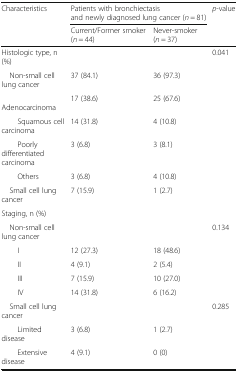
<table><thead><tr><td rowspan="2"><b>Characteristics</b></td><td colspan="2"><b>Patients with bronchiectasis and newly diagnosed lung cancer (<i>n</i> = 81)</b></td><td rowspan="2"><b><i>p</i>-value</b></td></tr><tr><td><b>Current/Former smoker (<i>n</i> = 44)</b></td><td><b>Never-smoker (<i>n</i> = 37)</b></td></tr></thead><tbody><tr><td>Histologic type, n (%)</td><td>[EMPTY_CELL]</td><td>[EMPTY_CELL]</td><td>0.041</td></tr><tr><td> Non-small cell lung cancer</td><td>37 (84.1)</td><td>36 (97.3)</td><td>[EMPTY_CELL]</td></tr><tr><td>Adenocarcinoma</td><td>17 (38.6)</td><td>25 (67.6)</td><td>[EMPTY_CELL]</td></tr><tr><td>Squamous cell carcinoma</td><td>14 (31.8)</td><td>4 (10.8)</td><td>[EMPTY_CELL]</td></tr><tr><td>Poorly differentiated carcinoma</td><td>3 (6.8)</td><td>3 (8.1)</td><td>[EMPTY_CELL]</td></tr><tr><td>Others</td><td>3 (6.8)</td><td>4 (10.8)</td><td>[EMPTY_CELL]</td></tr><tr><td> Small cell lung cancer</td><td>7 (15.9)</td><td>1 (2.7)</td><td>[EMPTY_CELL]</td></tr><tr><td colspan="4">Staging, n (%)</td></tr><tr><td> Non-small cell lung cancer</td><td>[EMPTY_CELL]</td><td>[EMPTY_CELL]</td><td>0.134</td></tr><tr><td>I</td><td>12 (27.3)</td><td>18 (48.6)</td><td>[EMPTY_CELL]</td></tr><tr><td>II</td><td>4 (9.1)</td><td>2 (5.4)</td><td>[EMPTY_CELL]</td></tr><tr><td>III</td><td>7 (15.9)</td><td>10 (27.0)</td><td>[EMPTY_CELL]</td></tr><tr><td>IV</td><td>14 (31.8)</td><td>6 (16.2)</td><td>[EMPTY_CELL]</td></tr><tr><td> Small cell lung cancer</td><td>[EMPTY_CELL]</td><td>[EMPTY_CELL]</td><td>0.285</td></tr><tr><td>Limited disease</td><td>3 (6.8)</td><td>1 (2.7)</td><td>[EMPTY_CELL]</td></tr><tr><td>Extensive disease</td><td>4 (9.1)</td><td>0 (0)</td><td>[EMPTY_CELL]</td></tr></tbody></table>